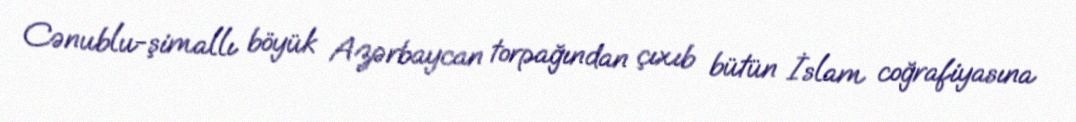
Cənublu-şimallı böyük Azərbaycan torpağından çıxıb bütün İslam coğrafiyasına